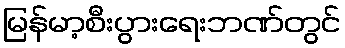
မြန်မာ့စီးပွားရေးဘဏ်တွင်